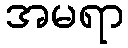
အမရာ